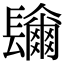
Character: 𨲼